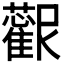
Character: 𱿀